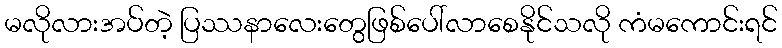
မလိုလားအပ်တဲ့ ပြဿနာလေးတွေဖြစ်ပေါ်လာစေနိုင်သလို ကံမကောင်းရင်